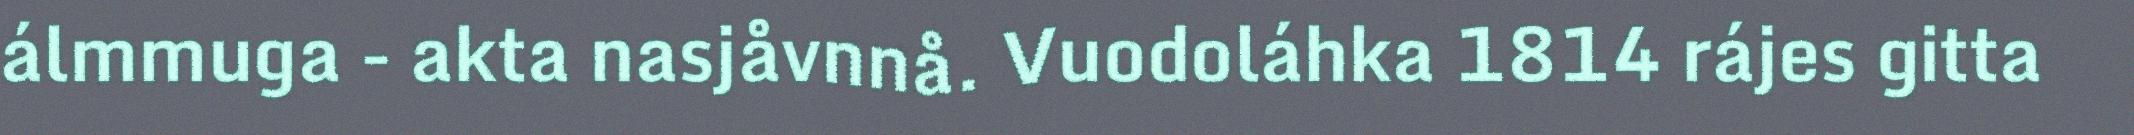
álmmuga - akta nasjåvnnå. Vuodoláhka 1814 rájes gitta